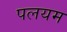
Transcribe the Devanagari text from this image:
पलयम